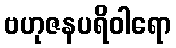
ဗဟုဇနပရိဝါရော